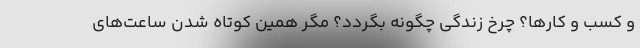
و کسب و کارها؟ چرخ زندگی چگونه بگردد؟ مگر همین کوتاه شدن ساعت‌های